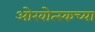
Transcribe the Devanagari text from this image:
ओखोत्स्कच्या